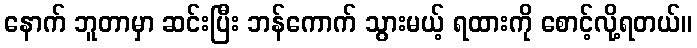
နောက် ဘူတာမှာ ဆင်းပြီး ဘန်ကောက် သွားမယ့် ရထားကို စောင့်လို့ရတယ်။